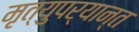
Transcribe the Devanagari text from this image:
मृत्युपर्यान्त